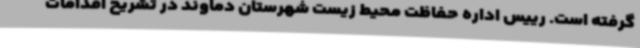
گرفته است. رییس اداره حفاظت محیط زیست شهرستان دماوند در تشریح اقدامات